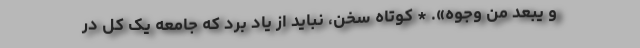
و یُبعّد من وجوه». * کوتاه سخن، نباید از یاد بُرد که جامعه یک کل در